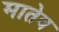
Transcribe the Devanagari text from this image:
मातेव